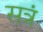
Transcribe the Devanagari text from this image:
सत्रं